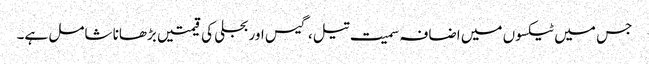
جس میں ٹیکسوں میں اضافہ سمیت تیل، گیس اور بجلی کی قیمتیں بڑھانا شامل ہے۔